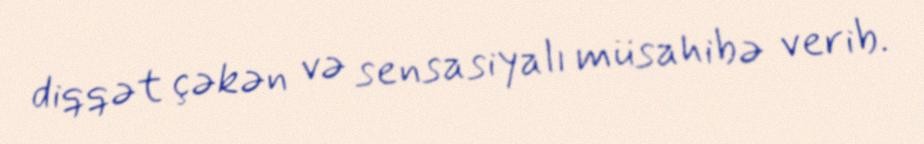
diqqət çəkən və sensasiyalı müsahibə verib.